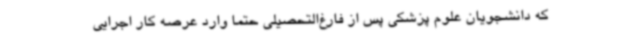
که دانشجویان علوم پزشکی پس از فارغ‌التحصیلی حتما وارد عرصه کار اجرایی